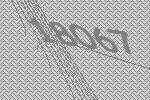
18067